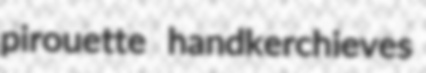
pirouette handkerchieves